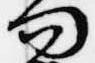
問